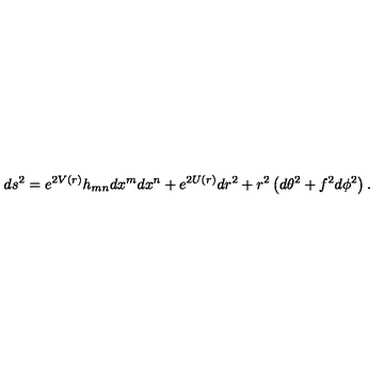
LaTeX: d s ^ { 2 } = e ^ { 2 V ( r ) } h _ { m n } d x ^ { m } d x ^ { n } + e ^ { 2 U ( r ) } d r ^ { 2 } + r ^ { 2 } \left( d \theta ^ { 2 } + f ^ { 2 } d \phi ^ { 2 } \right) .